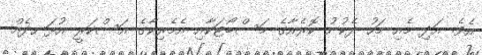
އެވެ. އަދި މެއި މަހު ދެކުނު ކޮރެއާގެ މަސްބޯޓަކާއި އެމެރިކާގެ އަސްކަރީ އުޅަނދެއް